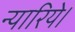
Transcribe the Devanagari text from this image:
न्यारिये।